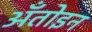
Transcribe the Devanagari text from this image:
अँतोइन